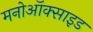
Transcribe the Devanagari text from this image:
मनोऑक्‍साइड